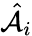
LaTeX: \hat{\mathcal{A}}_{i}